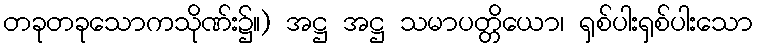
တခုတခုသောကသိုဏ်း၌။) အဋ္ဌ အဋ္ဌ သမာပတ္တိယော၊ ရှစ်ပါးရှစ်ပါးသော